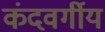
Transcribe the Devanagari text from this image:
कंदवर्गीय